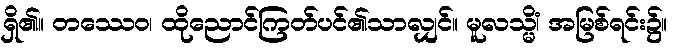
ရှိ၏။ တဿေဝ၊ ထိုညောင်ကြတ်ပင်၏သာလျှင်။ မူလသ္မိံ၊ အမြစ်ရင်း၌။